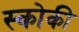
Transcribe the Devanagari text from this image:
स्कोकी